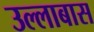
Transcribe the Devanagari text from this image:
उल्लाबास